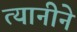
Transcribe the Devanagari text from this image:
त्यानीने